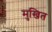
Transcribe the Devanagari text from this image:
मुखित